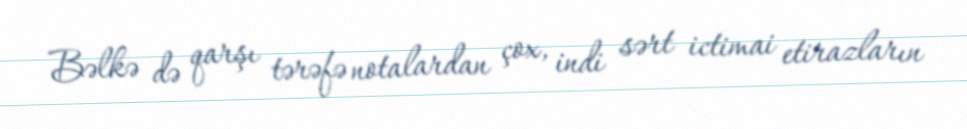
Bəlkə də qarşı tərəfə notalardan çox, indi sərt ictimai etirazların